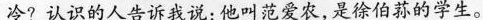
冷?认识的人告诉我说：他叫范爱农,是徐伯荪的学生。